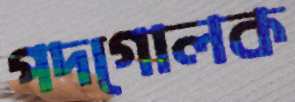
পদগোলক